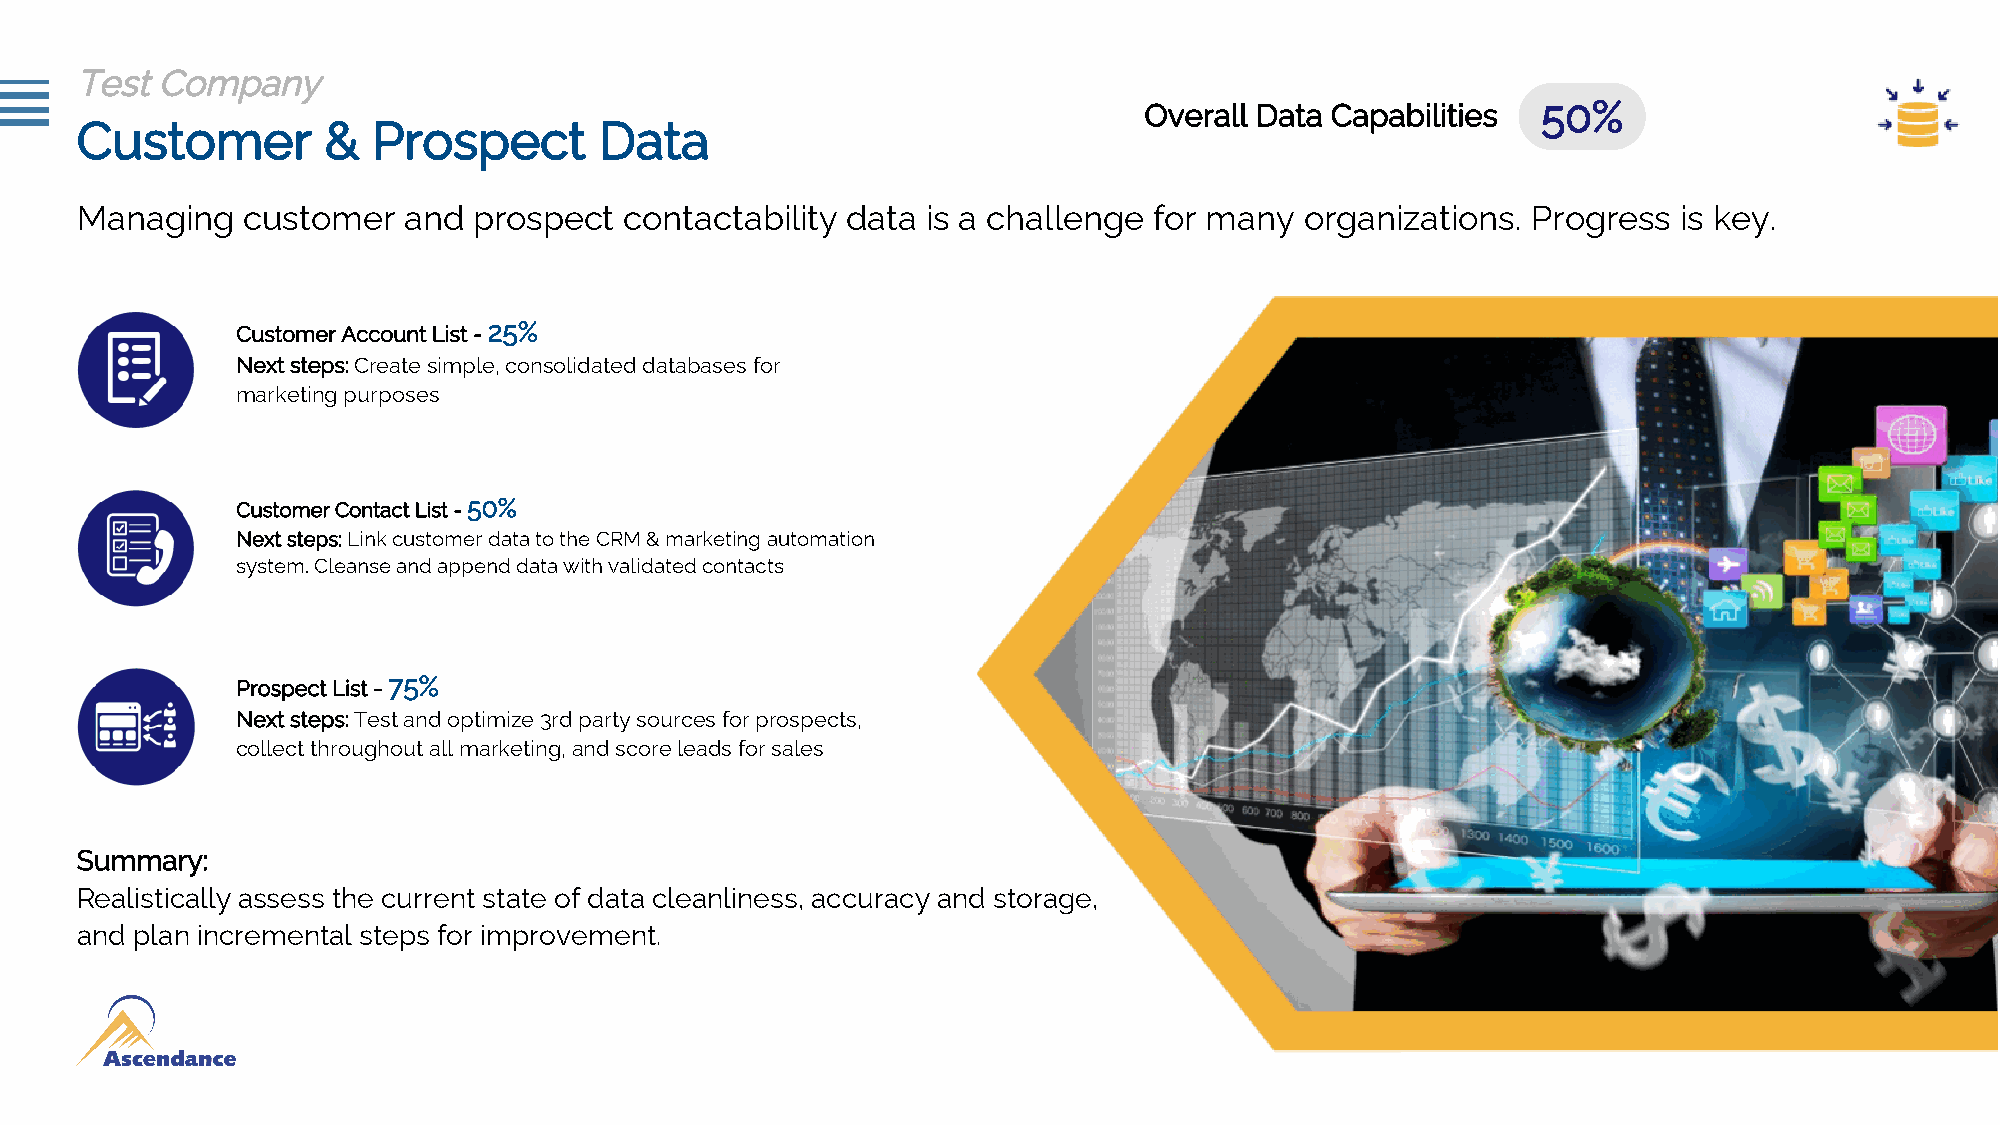
Test Company
 Overall Data Capabilities 50%
 Customer        &   Prospect       Data
 Managing   customer   and prospect  contactability data is a challenge for many  organizations. Progress  is key.
 Customer Account List - 25%
 Next steps: Create simple, consolidated databases for
 marketing purposes
 Customer Contact List - 50%
 Next steps: Link customer data to the CRM & marketing automation
 system. Cleanse and append data with validated contacts
 Prospect List - 75%
 Next steps: Test and optimize 3rd party sources for prospects,
 collect throughout all marketing, and score leads for sales
 Summary:
 Realistically assess the current state of data cleanliness, accuracy and storage,
 and plan incremental steps for improvement.